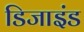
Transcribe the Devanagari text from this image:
डिजाइंड